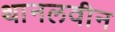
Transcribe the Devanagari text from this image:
थानलवीन